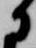
に